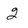
Character: 2